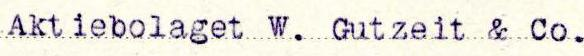
Aktiebolaget W. Gutzeit & Co.